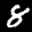
Label: 8